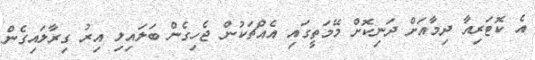
އެ ކޮޓަރިއާ ދިމާއަށް ދަނިކޮށް މޭމަތީގައި އެއްޗަކުން ޖެހިގެން ބަލައިލި އިރު ގިރާލައިގެން